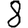
Digit: 8